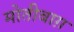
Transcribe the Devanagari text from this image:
मोतीबाग़